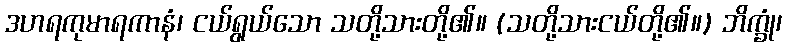
ဒဟရကုမာရကာနံ၊ ငယ်ရွယ်သော သတို့သားတို့၏။ (သတို့သားငယ်တို့၏။) ဘိက္ခုံ၊